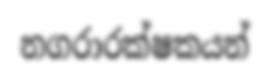
නගරාරක්ෂකයන්